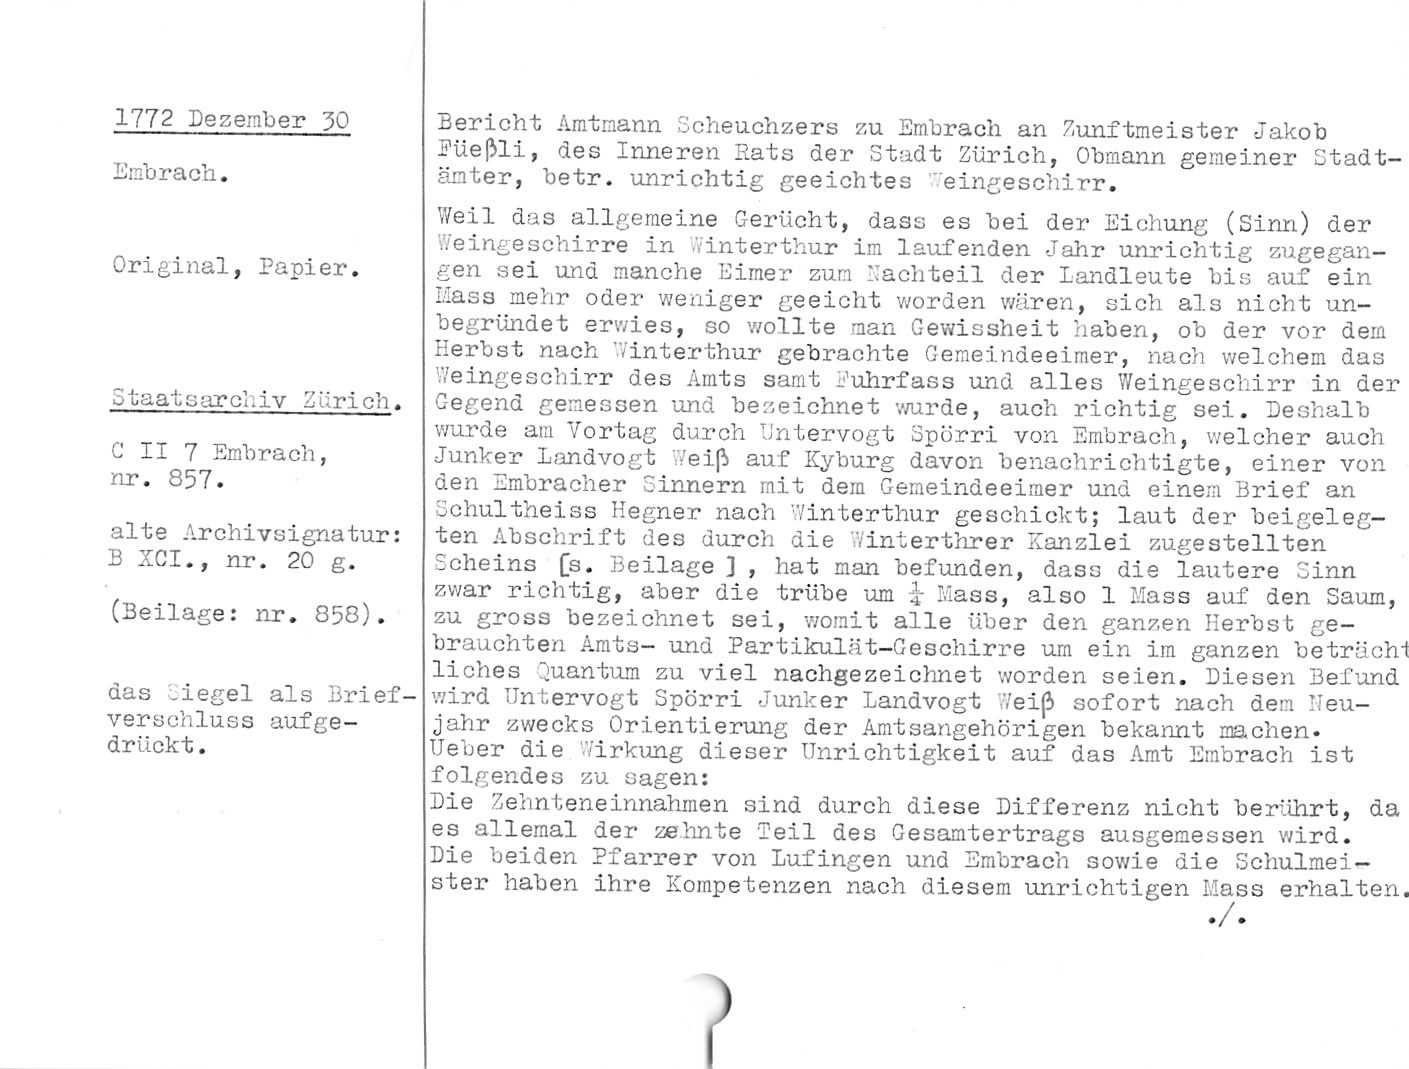
1772 Dezember 30

Embrach.

Original, Papier.

Staatsarchiv Zürich.

C II 7 Embrach,
nr. 857.

alte Archivsignatur:
B XCI., nr. 20 g.

(Beilage: nr. 858).

das Siegel als Brief¬
verschluss aufge¬
drückt.

Bericht Amtmann Scheuchzers zu Embrach an Zunftmeister Jakob
Füeßli, des Inneren Rats der Stadt Zürich, Obmann gemeiner Stadt¬
änter, betr. unrichtig geeichtes Weingeschirr.

Weil das allgemeine Gerücht, dass es bei der Eichung (Sinn) der
Weingeschirre in Winterthur im laufenden Jahr unrichtig zugegan¬
gen sei und manche Eimer zum Nachteil der Landleute bis auf ein
Mass mehr oder weniger geeicht worden wären, sich als nicht un¬
begründet erwies, so wollte man Gewissheit haben, ob der vor dem
Herbst nach Winterthur gebrachte Gemeindeeimer, nach welchem das
Weingeschirr des Amts samt Fuhrfass und alles Weingeschirr in der
Gegend gemessen und bezeichnet wurde, auch richtig sei. Deshalb
wurde am Vortag durch Untervogt Spörri von Embrach, welcher auch
Junker Landvogt Weiß auf Kyburg davon benachrichtigte, einer von
den Embracher Sinnern mit dem Gemeindeeimer und einem Brief an
Schultheiss Hegner nach Winterthur geschickt; laut der beigeleg¬
ten Abschrift des durch die Winterthrer Kanzlei zugestellten
Scheins [s. Beilage ], hat man befunden, dass die lautere Sinn
zwar richtig, aber die trübe um 7 Mass, also 1 Mass auf den Saum,
zu gross bezeichnet sei, womit alle über den ganzen Herbst ge¬
brauchten Amts- und Partikulät-Geschirre um ein im ganzen beträcht
liches Quantum zu viel nachgezeichnet worden seien. Diesen Befund
wird Untervogt Spörri Junker Landvogt Weiß sofort nach dem Neu¬
jahr zwecks Orientierung der Amtsangehörigen bekannt machen.

Ueber die Wirkung dieser Unrichtigkeit auf das Amt Embrach ist
folgendes zu sagen:

Die Zehnteneinnahmen sind durch diese Differenz nicht berührt, da
es allemal der zehnte Teil des Gesamtertrags ausgemessen wird.

Die beiden Pfarrer von Lufingen und Embrach sowie die Schulmei¬
ster haben ihre Kompetenzen nach diesem unrichtigen Mass erhalten.